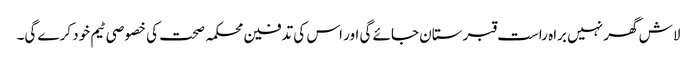
لاش گھر نہیں براہ راست قبرستان جائے گی اور اس کی تدفین محکمہ صحت کی خصوصی ٹیم خود کرے گی۔